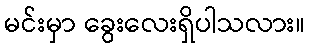
မင်းမှာ ခွေးလေးရှိပါသလား။